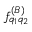
f _ { q _ { 1 } q _ { 2 } } ^ { ( B ) }